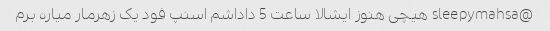
@sleepymahsa هیچی هنوز ایشالا ساعت 5 داداشم اسنپ فود یک زهرمار میاره برم